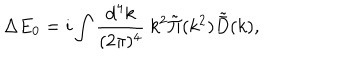
LaTeX: \Delta E _ { 0 } = i \int { \frac { \mathrm { d } ^ { 4 } k } { ( 2 \pi ) ^ { 4 } } } \ k ^ { 2 } \tilde { \Pi } ( k ^ { 2 } ) \tilde { \bar { D } } ( k ) ,